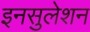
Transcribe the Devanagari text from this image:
इनसुलेशन